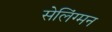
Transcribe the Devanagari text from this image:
सेलिंग्मन